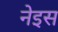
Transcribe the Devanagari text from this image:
नेइस